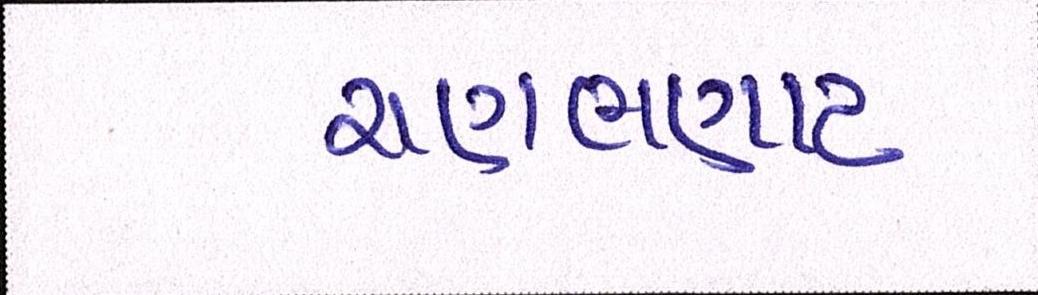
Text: ચણભણાટ